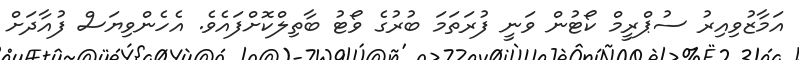
އަމާޒުވިއިރު ސުޕްރީމް ކޯޓުން ވަނީ ފުރަތަމަ ބުރުގެ ވޯޓު ބާތިލްކޮށްފައެވެ. އެހެންވިޔަސް ފުއާދަށް